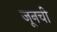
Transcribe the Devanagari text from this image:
जूनची